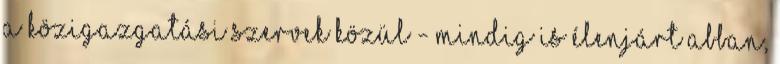
a közigazgatási szervek közül - mindig is élenjárt abban,